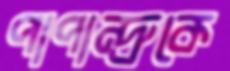
পাপান্দ্রুকে